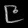
Digit: ၉